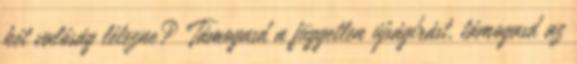
két valóság létezne? Támogasd a független újságírást, támogasd az